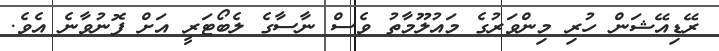
ރޭޑިއޭޝަން ހުރި މިންވަރުގެ މައުލޫމާތު ވެސް ނާސާގެ ލެބޯޓަރީ އަށް ފޮނުވާނެ އެވެ.